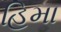
હિમા